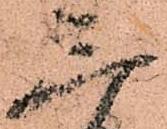
三